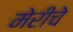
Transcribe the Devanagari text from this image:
मेरीचे